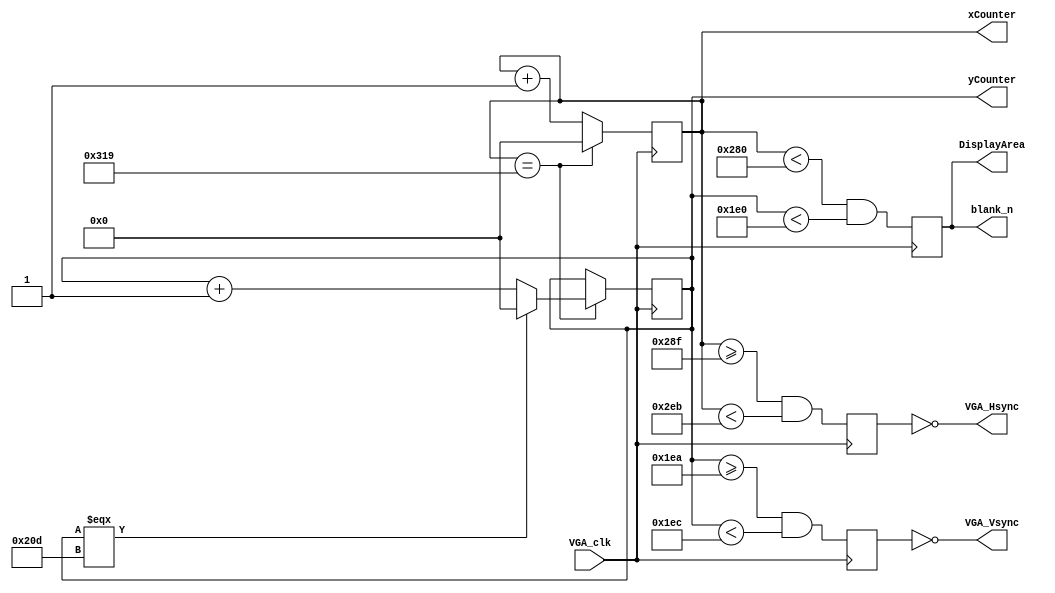
//VGA controller. From Beefender project

module VGA_generator(VGA_clk, VGA_Hsync, VGA_Vsync, DisplayArea, xCounter, yCounter, blank_n);
input VGA_clk;
output VGA_Hsync, VGA_Vsync, blank_n;
output reg DisplayArea;
output reg [9:0] xCounter;
output reg [9:0] yCounter;

reg HSync;
reg VSync;

integer HFront = 640;//640
integer hSync = 655;//655
integer HBack = 747;//747
integer maxH = 793;//793

integer VFront = 480;//480
integer vSync = 490;//490
integer VBack = 492;//492
integer maxV = 525;//525

always @(posedge VGA_clk)
begin		
	if(xCounter == maxH)
	begin
		xCounter <= 0;
		if(yCounter === maxV)
			yCounter <= 0;
		else
			yCounter <= yCounter +1;
	end
	else
	begin
		xCounter <= xCounter + 1;
	end
	DisplayArea <= ((xCounter < HFront) && (yCounter < VFront));
	HSync <= ((xCounter >= hSync) && (xCounter < HBack));
	VSync <= ((yCounter >= vSync) && (yCounter < VBack));
end

assign VGA_Vsync = ~VSync;
assign VGA_Hsync = ~HSync;
assign blank_n = DisplayArea;

endmodule